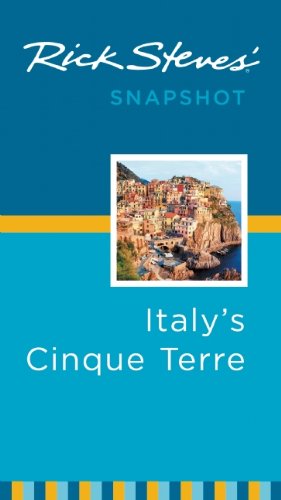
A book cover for Rick Steves' Snapshot Italy's Cinque Terre; Rick Steves; Travel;